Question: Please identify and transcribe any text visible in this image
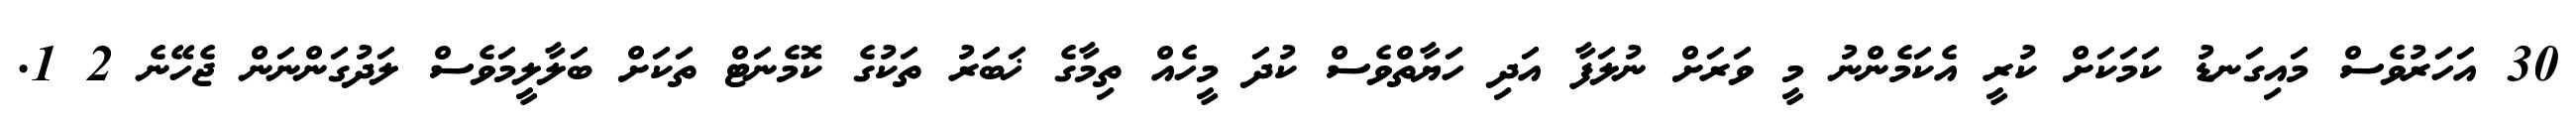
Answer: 30 އަހަރުވެސް މައިގަނޑު ކަމަކަށް ކުރީ އެކަމެންނު މީ ވަރަށް ނުލަފާ އަދި ހަޔާތްވެސް ކުދަ މީހެއް ތިމާގެ ޚަބަރު ތަކުގެ ކޮމެނަޓް ތަކަށް ބަލާލީމަވެސް ލަދުގަންނަން ޖެހޭނެ 2 1.